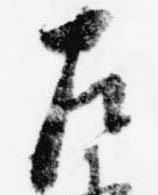
左